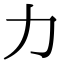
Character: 力